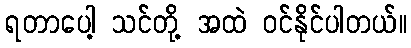
ရတာပေါ့ သင်တို့ အထဲ ဝင်နိုင်ပါတယ်။